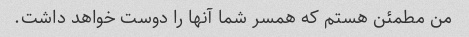
من مطمئن هستم که همسر شما آنها را دوست خواهد داشت.